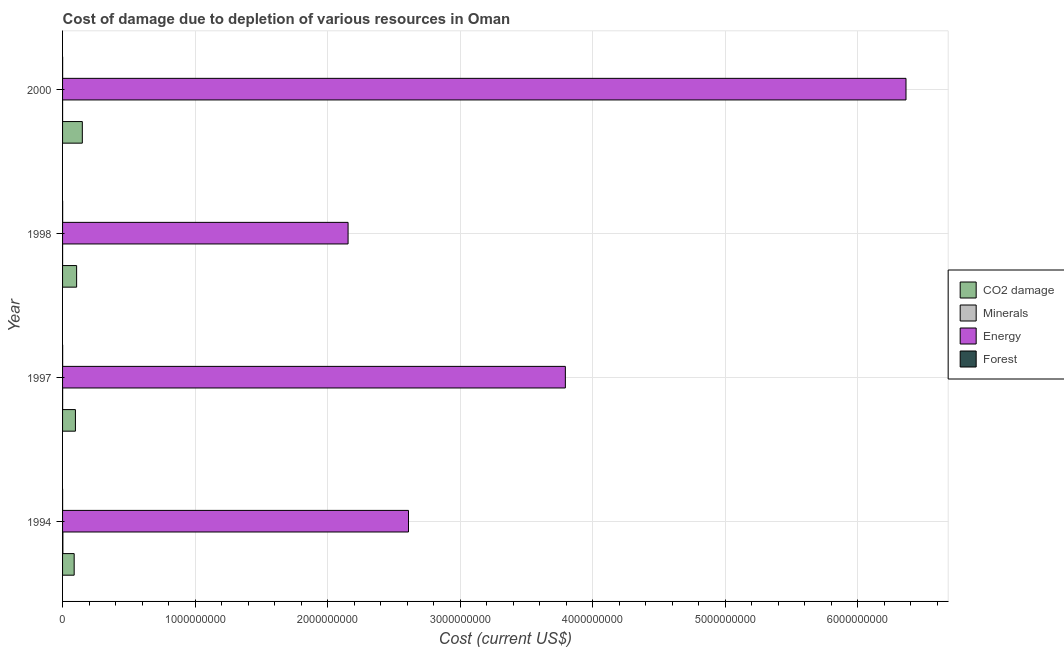
| Year | CO2 damage | Minerals | Energy | Forest |
 | --- | --- | --- | --- | --- |
 | 1994 | 8.76e+07 | 2.3e+06 | 2.61e+09 | 3.81e+05 |
 | 1997 | 9.7e+07 | 4.78e+05 | 3.79e+09 | 5.17e+05 |
 | 1998 | 1.06e+08 | 2.19e+05 | 2.15e+09 | 5.42e+05 |
 | 2000 | 1.49e+08 | 4.51e+04 | 6.36e+09 | 4.33e+05 |